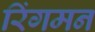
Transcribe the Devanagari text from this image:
रिंगमन